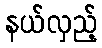
နယ်လှည့်